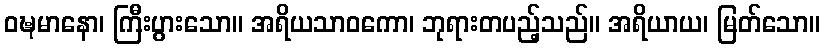
ဝဍ္ဎမာနော၊ ကြီးပွားသော။ အရိယသာဝကော၊ ဘုရားတပည့်သည်။ အရိယာယ၊ မြတ်သော။